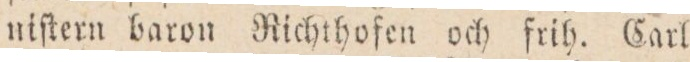
niſtern baron Richthofen och frih. Carl